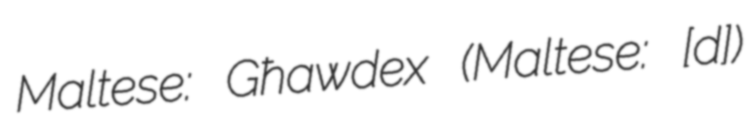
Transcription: Maltese: Għawdex (Maltese: [ˈɐːˤʊ̯dɛʃ])